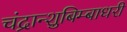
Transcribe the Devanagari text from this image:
चंद्रान्शुबिम्बाधरी